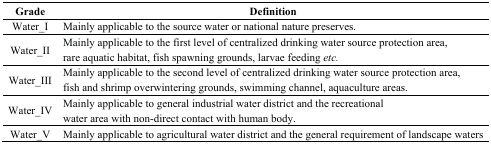
| Grade | Definition |
 | --- | --- |
 | Water_I | Mainly applicable to the source water or national nature preserves. |
 | Water_II | Mainly applicable to the first level of centralized drinking water source protection area, rare aquatic habitat, fish spawning grounds, larvae feeding etc. |
 | Water_III | Mainly applicable to the second level of centralized drinking water source protection area, fish and shrimp overwintering grounds, swimming channel, aquaculture areas. |
 | Water_IV | Mainly applicable to general industrial water district and the recreational water area with non-direct contact with human body. |
 | Water_V | Mainly applicable to agricultural water district and the general requirement of landscape waters |